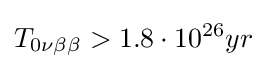
T_{0\nu \beta \beta }>1.8\cdot 10^{26}yr